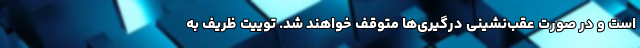
است و در صورت عقب‌نشینی درگیری‌ها متوقف ‌خواهند شد. توییت ظریف به